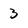
Character: 3